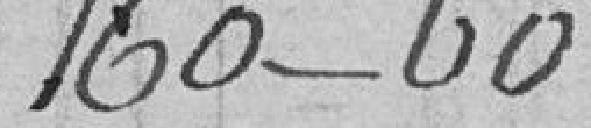
160-60